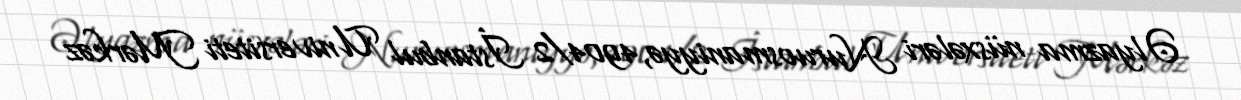
Əlyazma nüsxələri Nuruosmaniyyə,4904/2 İstanbul Universiteti Mərkəz